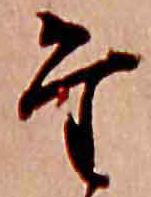
た